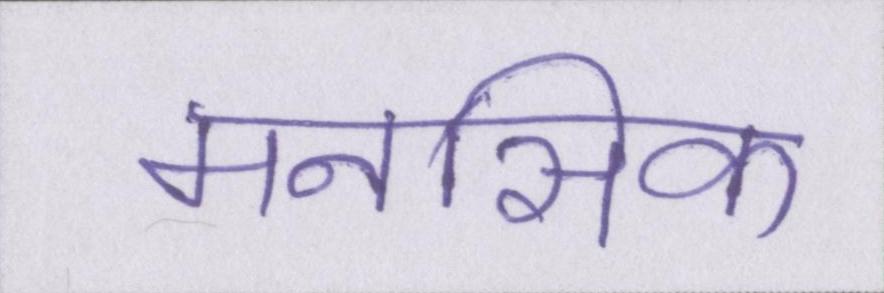
मनसिक